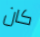
كان